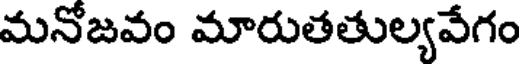
మనోజవం మారుతతుల్యవేగం